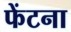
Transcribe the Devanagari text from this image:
फेंटना